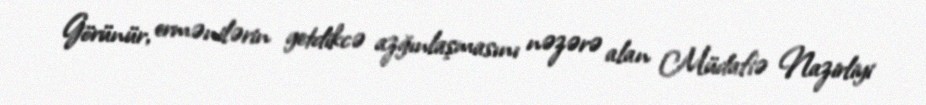
Görünür, ermənilərin getdikcə azğınlaşmasını nəzərə alan Müdafiə Nazirliyi